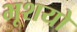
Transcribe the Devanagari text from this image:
भूशयो